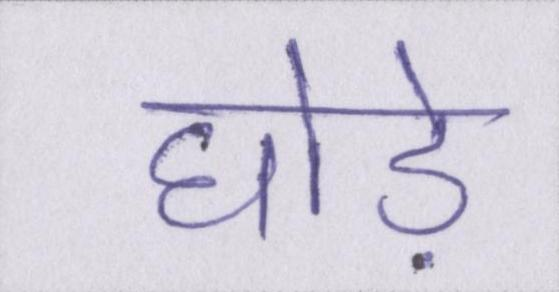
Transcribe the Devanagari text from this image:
घोड़े